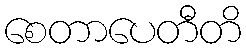
စေတာပေတီတိ